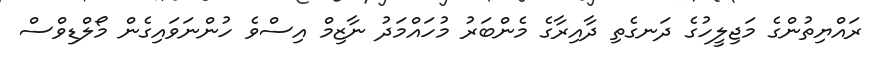
ރައްޔިތުންގެ މަޖިލީހުގެ ދަނގެތި ދާއިރާގެ މެންބަރު މުހައްމަދު ނާޒިމް އިސްވެ ހުންނަވައިގެން މޯލްޑިވްސް